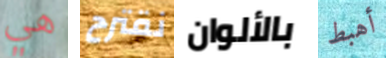
هي نقترح بالألوان أهبط